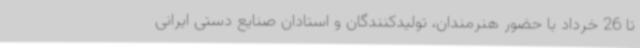
تا 26 خرداد با حضور هنرمندان، تولیدکنندگان و استادان صنایع دستی ایرانی